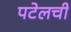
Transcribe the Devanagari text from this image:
पटेलची